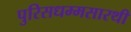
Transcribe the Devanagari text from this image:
पुरिसधम्मसारथी